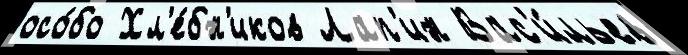
осо́бо Хл'е́бн'иков Лап'ин Вас'и́льев